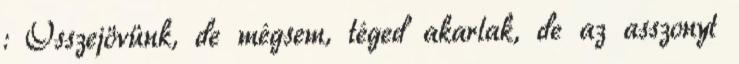
: Összejövünk, de mégsem, téged akarlak, de az asszonyt